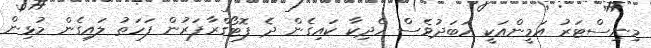
މިނިސްޓަރު އަމީންއަކީ އަބަދުވެސް ހެދިކާ ކައިގެން ދެ ފޮޓޯގްރާފަރުން ފަހަތު ލައިގެން މުޅިން